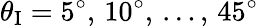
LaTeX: \theta_{\textup{I}}=5^{\circ},\, 10^{\circ},\, \ldots,\, 45^{\circ}